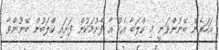
އަހަރެން ބޭނުންވަނީ މި ކްލަބާ އެކު އާ ފެށުމަކުން ފަށައި ކްލަބުން ބޭނުންވާ